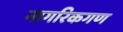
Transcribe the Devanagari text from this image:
नागरिकगण